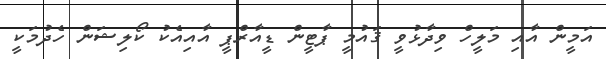
އަމީން އާއި މަލީހް ވިދާޅުވީ ޤައުމީ ޕާޓީން ޑީއާރްޕީ އާއިއެކު ކޯލިޝަން ހެދުމަކީ